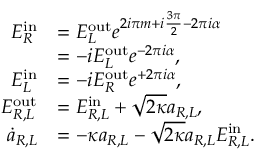
\begin{array} { r l } { E _ { R } ^ { \mathrm { i n } } } & { = E _ { L } ^ { \mathrm { o u t } } e ^ { 2 i \pi m + i \frac { 3 \pi } { 2 } - 2 \pi i \alpha } } \\ & { = - i E _ { L } ^ { \mathrm { o u t } } e ^ { - 2 \pi i \alpha } , } \\ { E _ { L } ^ { \mathrm { i n } } } & { = - i E _ { R } ^ { \mathrm { o u t } } e ^ { + 2 \pi i \alpha } , } \\ { E _ { R , L } ^ { \mathrm { o u t } } } & { = E _ { R , L } ^ { \mathrm { { i n } } } + \sqrt { 2 \kappa } a _ { R , L } , } \\ { \dot { a } _ { R , L } } & { = - \kappa a _ { R , L } - \sqrt { 2 \kappa } a _ { R , L } E _ { R , L } ^ { \mathrm { i n } } . } \end{array}